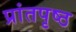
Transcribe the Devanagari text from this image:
प्रांतपृष्ठ